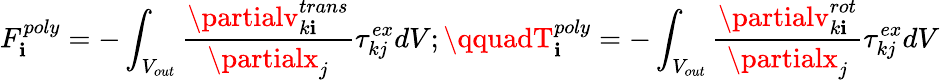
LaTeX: F_{\mathbf{i}}^{poly}=-\int_{V_{out}}\frac{{\partialv_{k\mathbf{i}}^{trans}}}{{\partialx_{j}}}\tau_{kj}^{ex}dV;\qquadT_{\mathbf{i}}^{poly}=-\int_{V_{out}}\frac{{\partialv_{k\mathbf{i}}^{rot}}}{{\partialx_{j}}}\tau_{kj}^{ex}dV